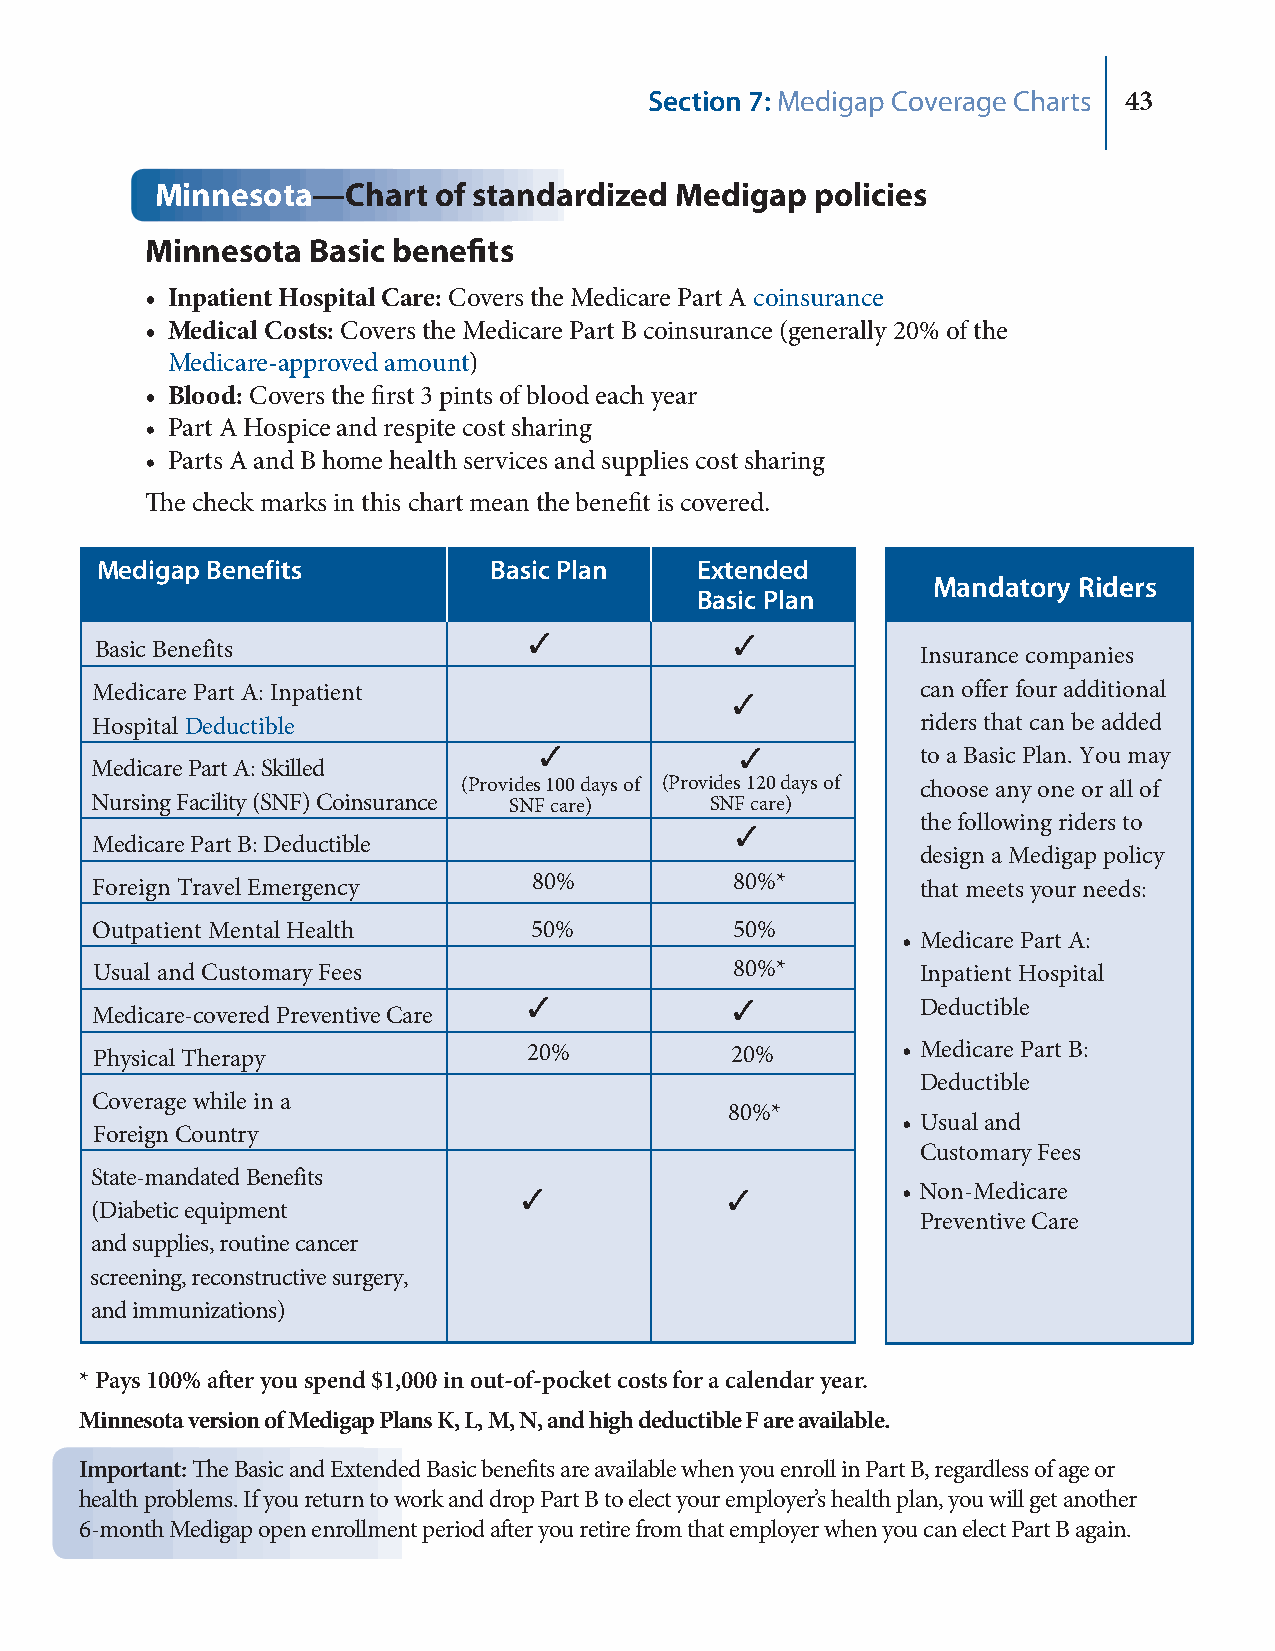
Section 7: Medigap Coverage Charts 43
 Minnesota—Chart    of standardized Medigap  policies
 Minnesota  Basic benefits
 • Inpatient Hospital Care: Covers the Medicare Part A coinsurance
 • Medical Costs: Covers the Medicare Part B coinsurance (generally 20% of the
 Medicare-approved amount)
 • Blood: Covers the first 3 pints of blood each year
 • Part A Hospice and respite cost sharing
 • Parts A and B home health services and supplies cost sharing
 The check marks in this chart mean the benefit is covered.
 Medigap Benefits          Basic Plan    Extended
 Mandatory Riders
 Basic Plan
 3             3
 Basic Benefits                                         Insurance companies
 Medicare Part A: Inpatient                 3           can offer four additional
 Hospital Deductible                                    riders that can be added
 3            3           to a Basic Plan. You may
 Medicare Part A: Skilled
 (Provides 100 days of (Provides 120 days of choose any one or all of
 Nursing Facility (SNF) Coinsurance SNF care) SNF care)
 the following riders to
 3
 Medicare Part B: Deductible
 design a Medigap policy
 Foreign Travel Emergency     80%           80%*        that meets your needs:
 Outpatient Mental Health     50%           50%
 • Medicare Part A:
 Usual and Customary Fees                   80%*        Inpatient Hospital
 3             3           Deductible
 Medicare-covered Preventive Care
 Physical Therapy             20%          20%         • Medicare Part B:
 Deductible
 Coverage while in a
 80%*
 • Usual and
 Foreign Country
 Customary Fees
 State-mandated Benefits
 3            3           • Non-Medicare
 (Diabetic equipment
 Preventive Care
 and supplies, routine cancer
 screening, reconstructive surgery,
 and immunizations)
 * Pays 100% after you spend $1,000 in out-of-pocket costs for a calendar year.
 Minnesota version of Medigap Plans K, L, M, N, and high deductible F are available.
 Important: The Basic and Extended Basic benefits are available when you enroll in Part B, regardless of age or
 health problems. If you return to work and drop Part B to elect your employer’s health plan, you will get another
 6-month Medigap open enrollment period after you retire from that employer when you can elect Part B again.